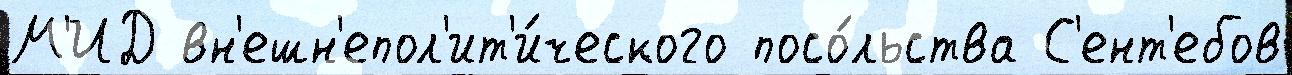
М'ИД вн'ешн'епол'ит'и́ческого посо́льства С'ент'ебов